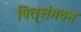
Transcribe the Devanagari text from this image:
पितृसंगठन